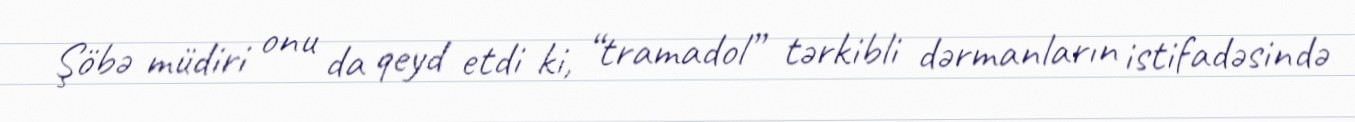
Şöbə müdiri onu da qeyd etdi ki, “tramadol” tərkibli dərmanların istifadəsində